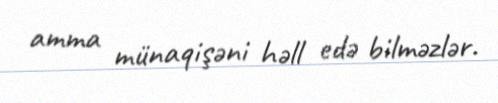
amma münaqişəni həll edə bilməzlər.